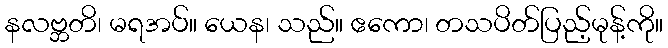
နလဗ္ဘတိ၊ မရအပ်။ ယေန၊ သည်။ ဧကော၊ တသပိတ်ပြည့်မုန့်ကို။